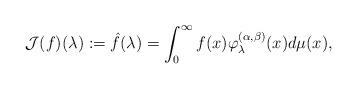
LaTeX: \begin{align*}\mathcal{J}(f)(\lambda):=\hat{f}(\lambda)=\int_0^\infty f(x)\varphi_\lambda^{(\alpha,\beta)}(x)d\mu(x), \end{align*}